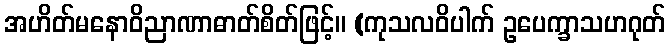
အဟိတ်မနောဝိညာဏာဓာတ်စိတ်ဖြင့်။ (ကုသလဝိပါက် ဥပေက္ခာသဟဂုတ်